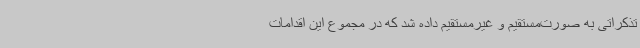
تذکراتی به صورت‌مستقیم و غیرمستقیم داده شد که در مجموع این اقدامات